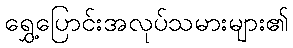
ရွှေ့ပြောင်းအလုပ်သမားများ၏